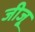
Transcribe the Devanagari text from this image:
जीजू